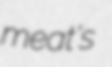
meat's